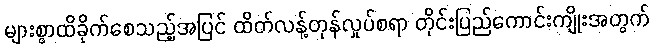
များစွာထိခိုက်စေသည့်အပြင် ထိတ်လန့်တုန်လှုပ်စရာ တိုင်းပြည်ကောင်းကျိုးအတွက်